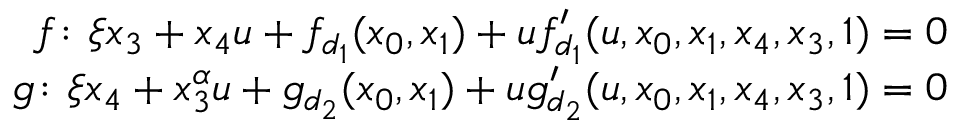
\begin{array} { r } { f \colon \xi x _ { 3 } + x _ { 4 } u + f _ { d _ { 1 } } ( x _ { 0 } , x _ { 1 } ) + u f _ { d _ { 1 } } ^ { \prime } ( u , x _ { 0 } , x _ { 1 } , x _ { 4 } , x _ { 3 } , 1 ) = 0 } \\ { g \colon \xi x _ { 4 } + x _ { 3 } ^ { \alpha } u + g _ { d _ { 2 } } ( x _ { 0 } , x _ { 1 } ) + u g _ { d _ { 2 } } ^ { \prime } ( u , x _ { 0 } , x _ { 1 } , x _ { 4 } , x _ { 3 } , 1 ) = 0 } \end{array}